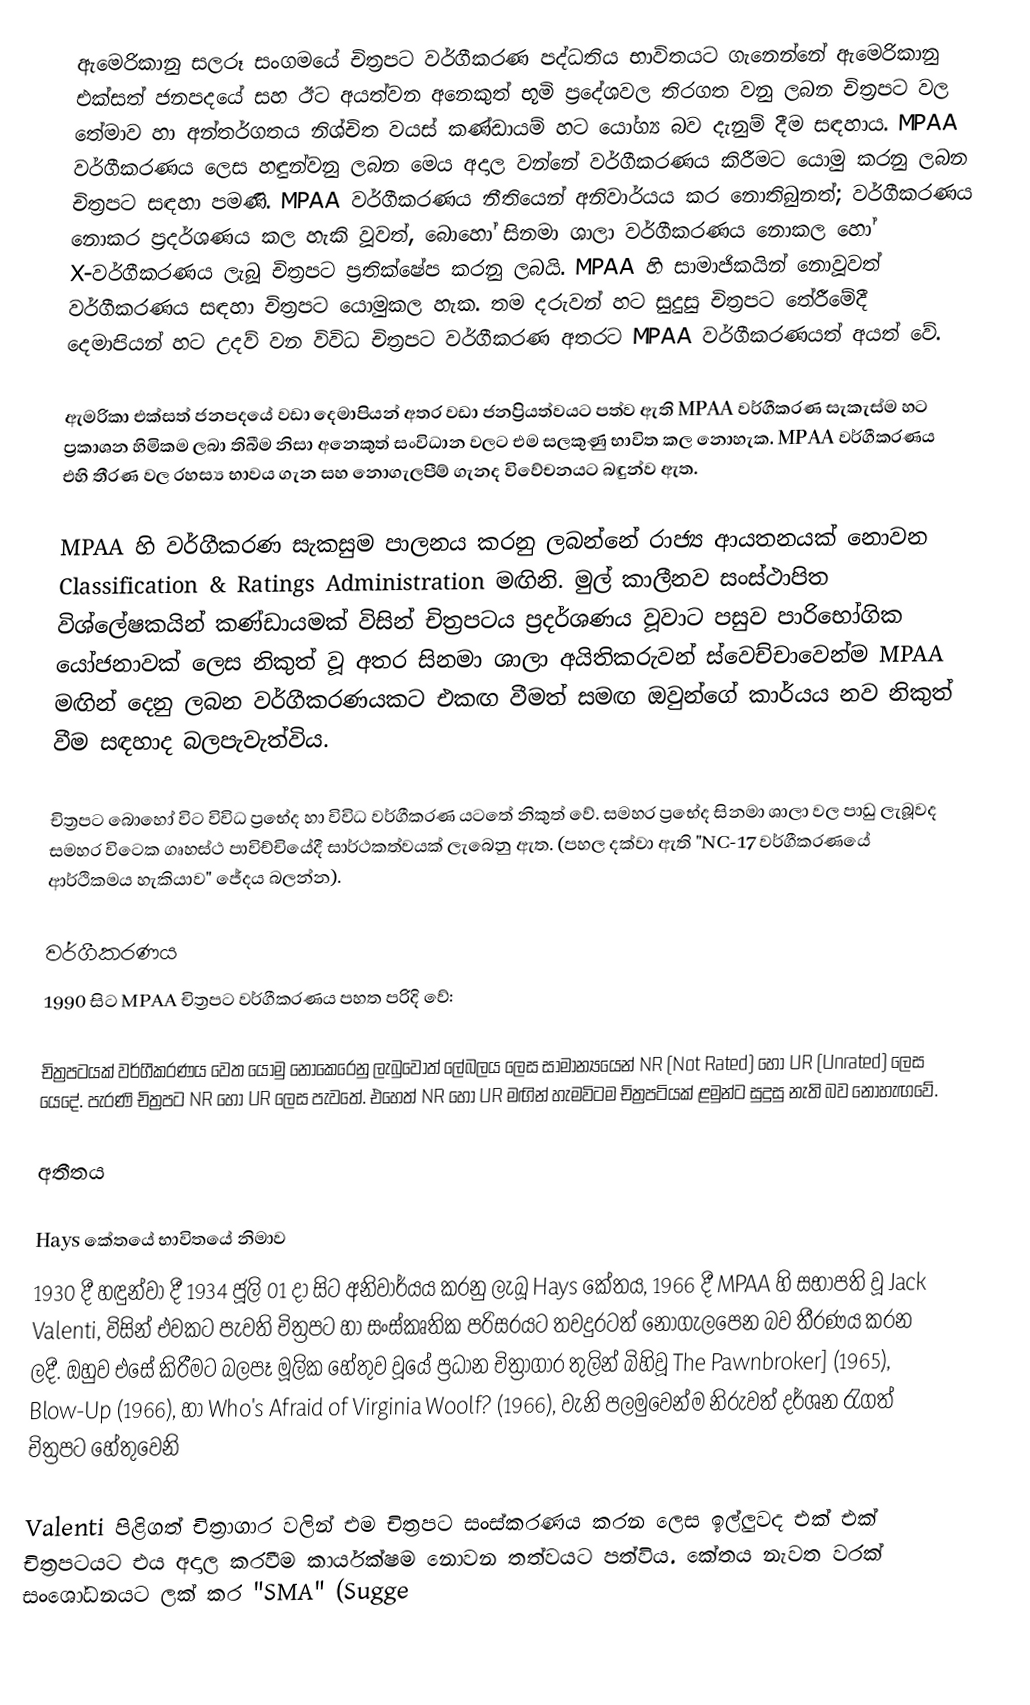
ඇමෙරිකානු සලරූ සංගමයේ චිත්‍රපට වර්ගීකරණ පද්ධතිය භාවිතයට ගැනෙන්නේ ඇමෙරිකානු එක්සත් ජනපදයේ සහ ඊට අයත්වන අනෙකුත් භූමි ප්‍රදේශවල තිරගත වනු ලබන චිත්‍රපට වල තේමාව හා අන්තර්ගතය නිශ්චිත වයස් කණ්ඩායම් හට යෝග්‍ය බව දැනුම් දීම සඳහාය. MPAA වර්ගීකරණය ලෙස හඳුන්වනු ලබන මෙය අදාල වන්නේ වර්ගීකරණය කිරීමට යොමු කරනු ලබන චිත්‍රපට සඳහා පමණි. MPAA වර්ගීකරණය නීතියෙන් අනිවාර්යය කර නොතිබුනත්; වර්ගීකරණය නොකර ප්‍රදර්ශණය කල හැකි වූවත්, බොහෝ සිනමා ශාලා වර්ගීකරණය නොකල හෝ X-වර්ගීකරණය ලැබූ චිත්‍රපට ප්‍රතික්ෂේප කරනු ලබයි. MPAA හි සාමාජිකයින් නොවූවත් වර්ගීකරණය සඳහා චිත්‍රපට යොමුකල හැක. තම දරුවන් හට සුදුසු චිත්‍රපට තේරීමේදී දෙමාපියන් හට උදව් වන විවිධ චිත්‍රපට වර්ගීකරණ අතරට MPAA වර්ගීකරණයත් අයත් වේ.

ඇමරිකා එක්සත් ජනපදයේ වඩා දෙමාපියන් අතර වඩා ජනප්‍රියත්වයට පත්ව ඇති MPAA වර්ගීකරණ සැකැස්ම හට ප්‍රකාශන හිමිකම ලබා තිබීම නිසා අනෙකුත් සංවිධාන වලට එම සලකුණු භාවිත කල නොහැක. MPAA වර්ගීකරණය එහි තීරණ වල රහස්‍ය භාවය ගැන සහ නොගැලපීම් ගැනද විවේචනයට බඳුන්ව ඇත.

MPAA හි වර්ගීකරණ සැකසුම පාලනය කරනු ලබන්නේ රාජ්‍ය ආයතනයක් නොවන Classification & Ratings Administration මඟිනි. මුල් කාලීනව සංස්ථාපිත විශ්ලේෂකයින් කණ්ඩායමක් විසින් චිත්‍රපටය ප්‍රදර්ශණය වූවාට පසුව පාරිභෝගික යෝජනාවක් ලෙස නිකුත් වූ අතර සිනමා ශාලා අයිතිකරුවන් ස්වෙච්චාවෙන්ම MPAA මඟින් දෙනු ලබන වර්ගීකරණයකට එකඟ වීමත් සමඟ ඔවුන්ගේ කාර්යය නව නිකුත් වීම සඳහාද බලපැවැත්විය.

චිත්‍රපට බොහෝ විට විවිධ ප්‍රභේද හා විවිධ වර්ගීකරණ යටතේ නිකුත් වේ. සමහර ප්‍රභේද සිනමා ශාලා වල පාඩු ලැබූවද සමහර විටෙක ගෘහස්ථ පාවිච්චියේදී සාර්ථකත්වයක් ලැබෙනු ඇත. (පහල දක්වා ඇති "NC-17 වර්ගීකරණයේ ආර්ථිකමය හැකියාව" ජේදය බලන්න).

වර්ගීකරණය
1990 සිට MPAA චිත්‍රපට වර්ගීකරණය පහත පරිදි වේ:

චිත්‍රපටයක් වර්ගීකරණය වෙත යොමු නොකෙරෙනු ලැබුවොත් ලේබලය ලෙස සාමාන්‍යයෙන් NR (Not Rated) හෝ UR (Unrated) ලෙස යෙදේ. පැරණි චිත්‍රපට NR හෝ UR ලෙස පැවතේ. එහෙත් NR හෝ UR මඟින් හැමවිටම චිත්‍රපටියක් ළමුන්ට සුදුසු නැති බව නොහැඟවේ.

අතීතය

Hays කේතයේ භාවිතයේ නිමාව
1930 දී හඳුන්වා දී 1934 ජූලි 01 දා සිට අනිවාර්යය කරනු ලැබූ Hays කේතය, 1966 දී MPAA හි සභාපති වූ Jack Valenti, විසින් එවකට පැවති චිත්‍රපට හා සංස්කෘතික පරිසරයට තවදුරටත් නොගැලපෙන බව තීරණය කරන ලදී. ඔහුව එසේ කිරීමට බලපෑ මූලික හේතුව වූයේ ප්‍රධාන චිත්‍රාගාර තුලින් බිහිවූ The Pawnbroker] (1965), Blow-Up (1966), හා  Who's Afraid of Virginia Woolf? (1966), වැනි පලමුවෙන්ම නිරුවත් දර්ශන රැගත් චිත්‍රපට හේතුවෙනි

Valenti පිළිගත් චිත්‍රාගාර වලින් එම චිත්‍රපට සංස්කරණය කරන ලෙස ඉල්ලුවද එක් එක් චිත්‍රපටයට එය අදාල කරවීම කාර්යක්ෂම නොවන තත්වයට පත්විය. කේතය නැවත වරක් සංශෝධනයට ලක් කර "SMA" (Sugge